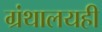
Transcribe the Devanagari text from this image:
ग्रंथालयही